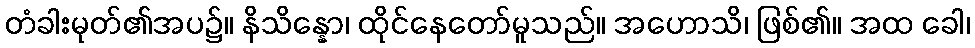
တံခါးမုတ်၏အပ၌။ နိသိန္နော၊ ထိုင်နေတော်မူသည်။ အဟောသိ၊ ဖြစ်၏။ အထ ခေါ၊